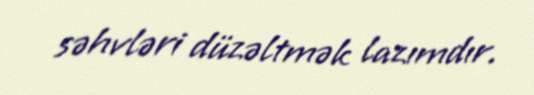
səhvləri düzəltmək lazımdır.